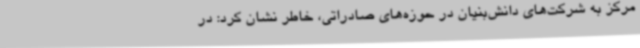
مرکز به شرکت‌های دانش‌بنیان در حوزه‌های صادراتی، خاطر نشان کرد: در